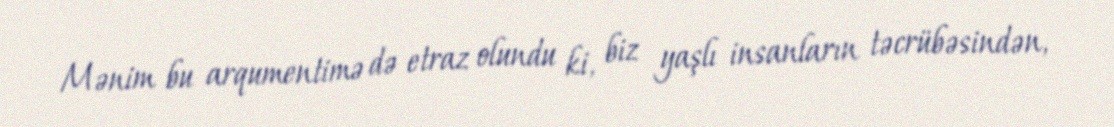
Mənim bu arqumentimə də etraz olundu ki, biz yaşlı insanların təcrübəsindən,